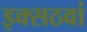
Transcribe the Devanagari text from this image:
इक्सठवां